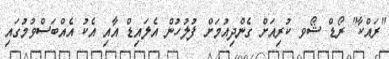
"ރައްކާ" ރޯޑް ޝޯވ ކުރިއަށް ގެންދިއުމަށް ފުލުހުން އެލައިޑް އާއި އެކު އެއްބަސްވުމުގައި